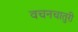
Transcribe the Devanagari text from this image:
वचनचातुरी